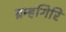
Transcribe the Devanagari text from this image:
ब्रम्हगिरि